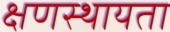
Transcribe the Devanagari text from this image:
क्षणस्थायता